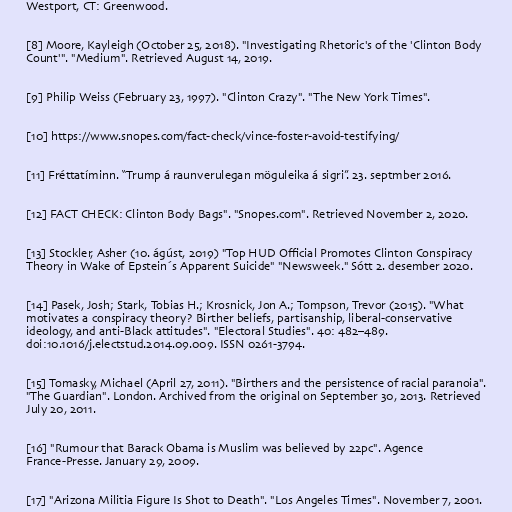
Westport, CT: Greenwood.

[8] Moore, Kayleigh (October 25, 2018). "Investigating Rhetoric's of the 'Clinton Body
Count'". "Medium". Retrieved August 14, 2019.

[9] Philip Weiss (February 23, 1997). "Clinton Crazy". "The New York Times".

[10] https://www.snopes.com/fact-check/vince-foster-avoid-testifying/

[11] Fréttatíminn. “Trump á raunverulegan möguleika á sigri”. 23. septmber 2016.

[12] FACT CHECK: Clinton Body Bags". "Snopes.com". Retrieved November 2, 2020.

[13] Stockler, Asher (10. ágúst, 2019) "Top HUD Official Promotes Clinton Conspiracy
Theory in Wake of Epstein´s Apparent Suicide" "Newsweek." Sótt 2. desember 2020.

[14] Pasek, Josh; Stark, Tobias H.; Krosnick, Jon A.; Tompson, Trevor (2015). "What
motivates a conspiracy theory? Birther beliefs, partisanship, liberal-conservative
ideology, and anti-Black attitudes". "Electoral Studies". 40: 482–489.
doi:10.1016/j.electstud.2014.09.009. ISSN 0261-3794.

[15] Tomasky, Michael (April 27, 2011). "Birthers and the persistence of racial paranoia".
"The Guardian". London. Archived from the original on September 30, 2013. Retrieved
July 20, 2011.

[16] "Rumour that Barack Obama is Muslim was believed by 22pc". Agence
France-Presse. January 29, 2009.

[17] "Arizona Militia Figure Is Shot to Death". "Los Angeles Times". November 7, 2001.